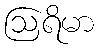
ဩရိမာ